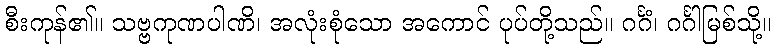
စီးကုန်၏။ သဗ္ဗကုဏပါဏိ၊ အလုံးစုံသော အကောင် ပုပ်တို့သည်။ ဂင်္ဂံ၊ ဂင်္ဂါမြစ်သို့။